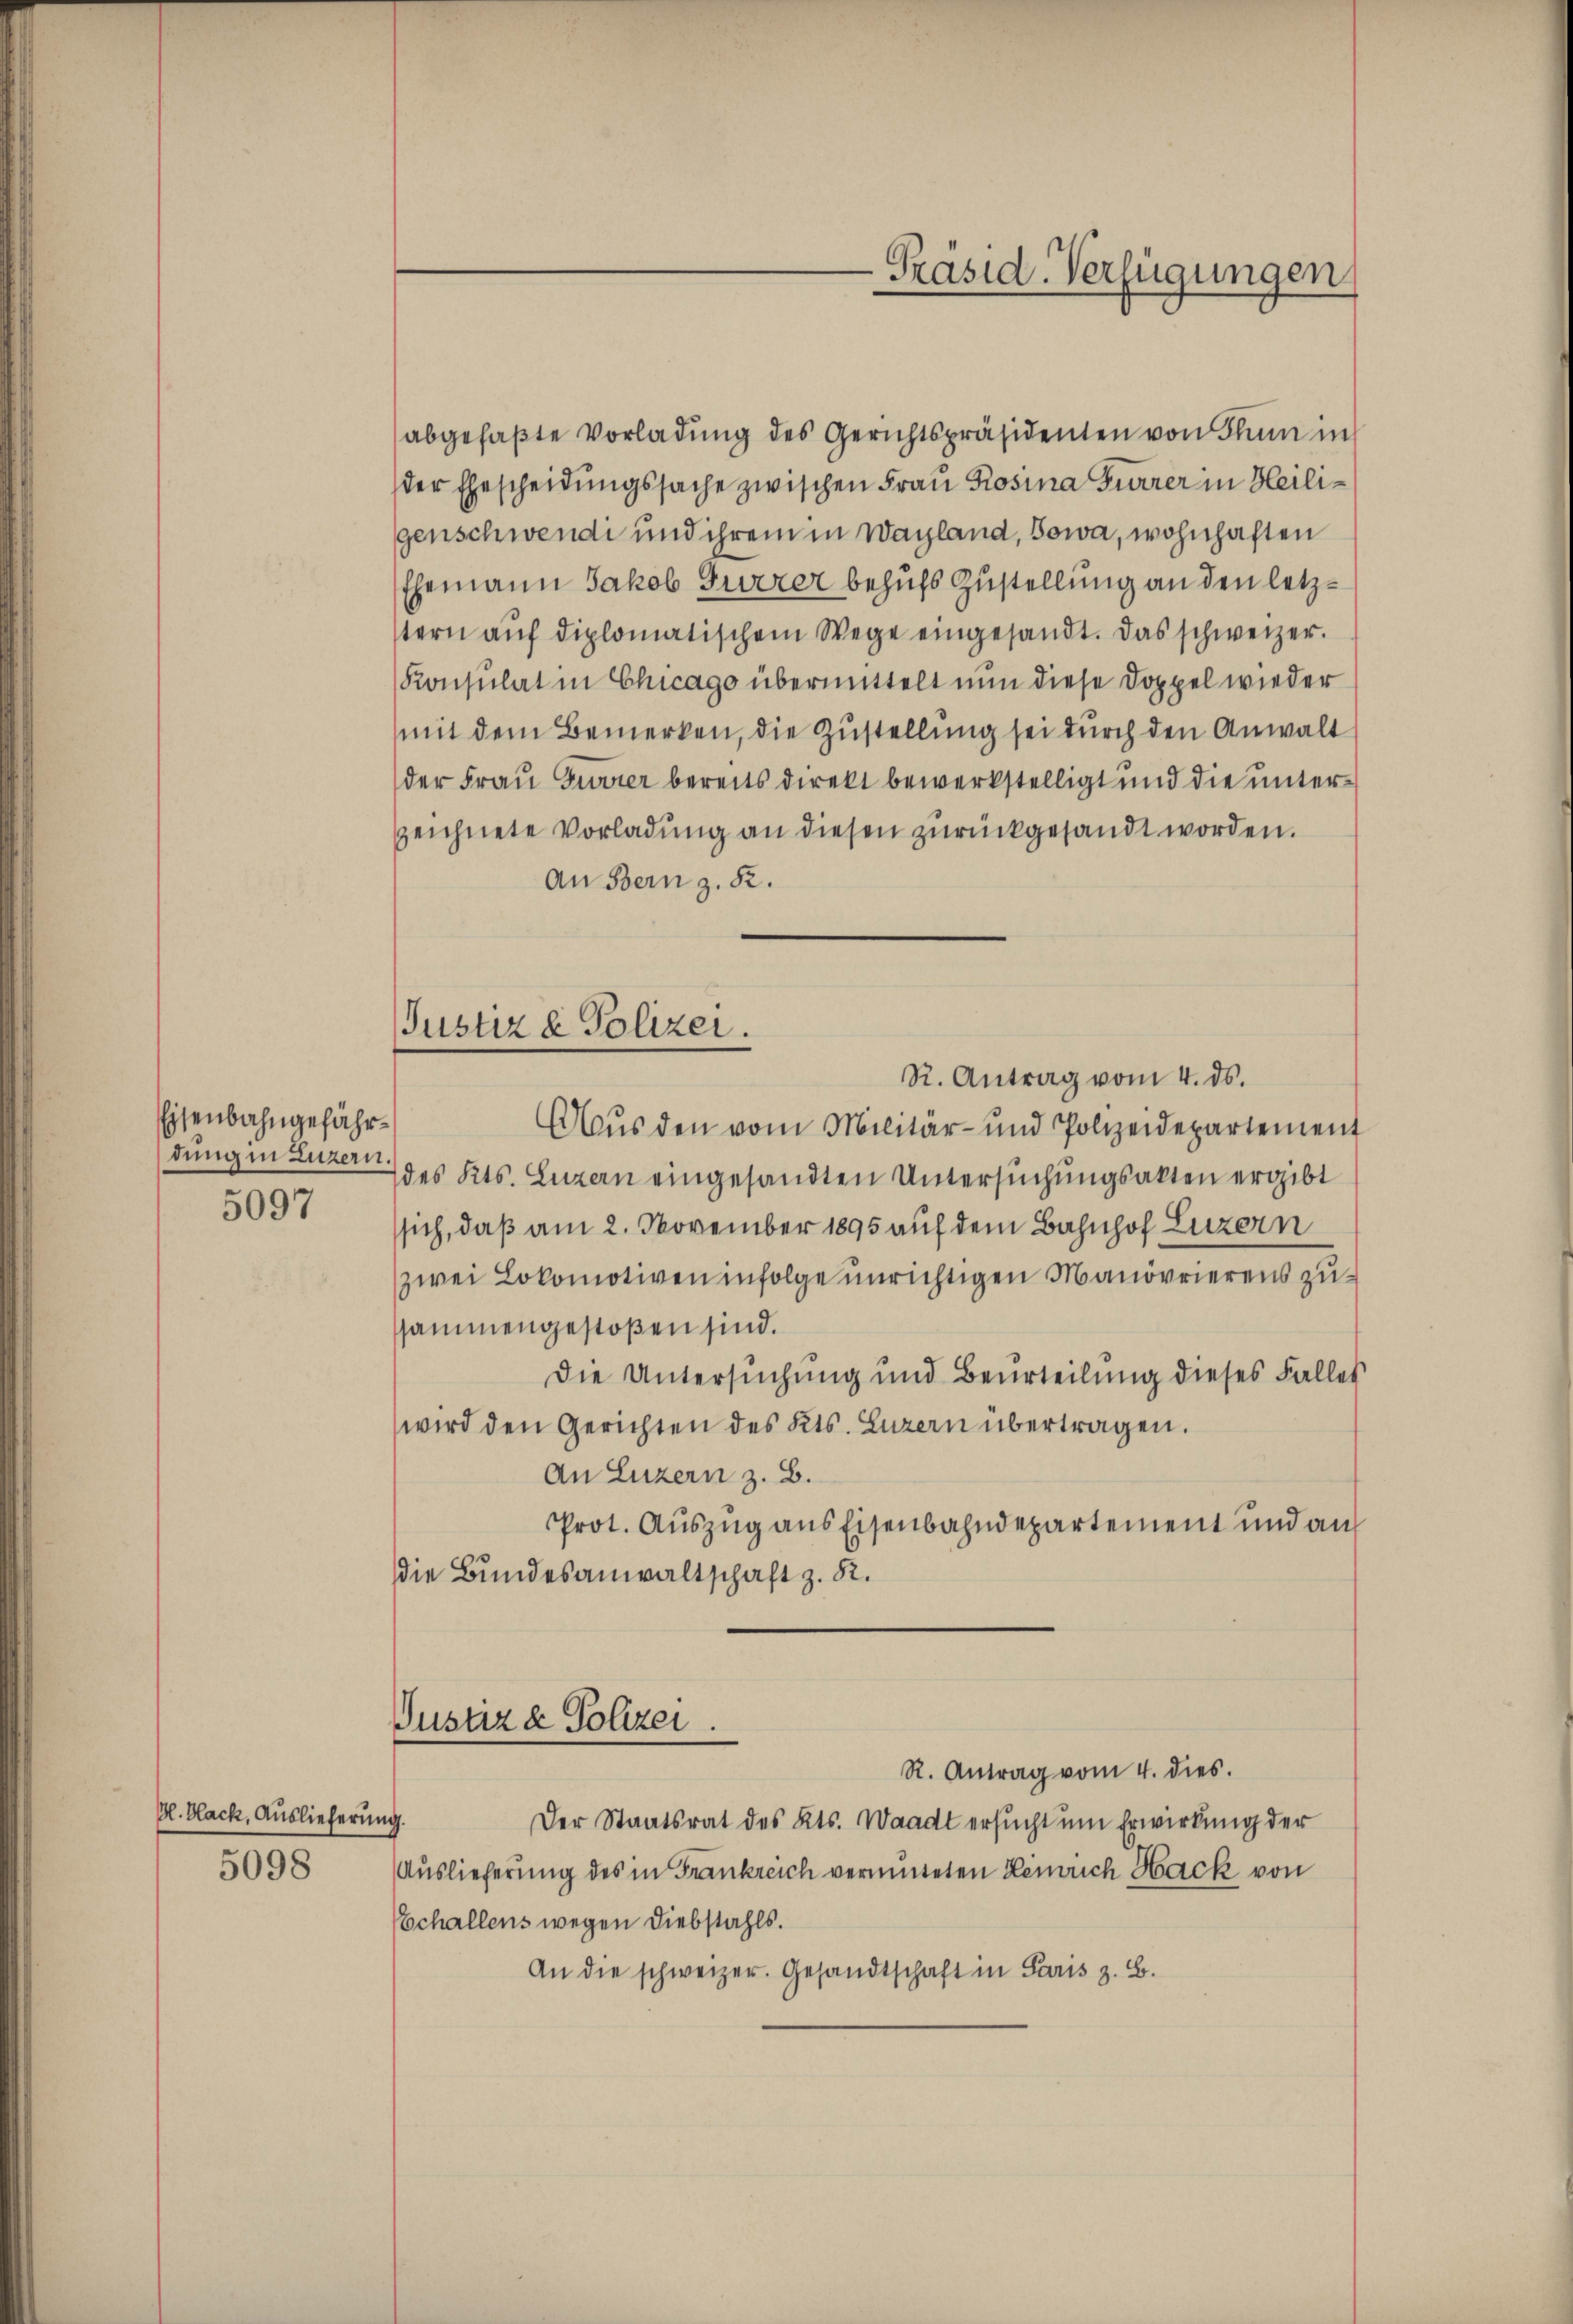
Eisenbahngefährdung in Luzern.
5097

-Präsid-Verfügungen

Justiz & Polizei.
R. Antrag vom 4. ds.

Bl. Black, Auslieferung.
5098

abgefaßte Vorladung des Gerichtspräsidenten von Thun in
der Ehescheidungssache zwischen Frau Rosina Furrer in Heiligenschwendi und ihrem in Wagland, Sowa, wohnhaften
Ehemann Jakob Gurzer behufs Zustellung an den letzstern auf diplomatischem Wege eingesandt. Das schweizer.
Konsulat in Chicago übermittelt nun diese Doppel wieder
mit dem Bemerken, die Zustellung sei durch den Anwalt
der Frau Gurrer bereits direkt bewerkstelligt und die unterzeichnete Vorladung an diesen zurückgesandt worden.
An Bern z. 82.
Aŭs den vom Militär- und Polizeidepartement
des Kts. Luzern eingesandten Untersuchungsakten ergibt
sich, daß am 2. November 1895 auf dem Bahnhof Luzern
zwei Lokomotiven infolge unrichtigen Manövrierens zussammengestoßen sind.
Die Untersuchung und Beurteilung dieses Falles
wird den Gerichten des Kts. Luzern übertragen.
An Luzern z. B.
Prot. Auszug aus Eisenbahndepartement und auf
die Bundesanwaltschaft z. 82.
Justiz & Polizei.
R. Antrag vom 4. dies.
Der Staatsrat des Kts. Waadt ersucht um Erwirkung der
Auslieferung des in Frankreich vermuteten Lemrich Hack von
Echallens wegen Diebstahls.
An die schweizer. Gesandtschaft in Paris z. B.